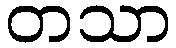
တသာ